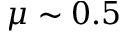
\mu \sim 0 . 5